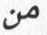
من